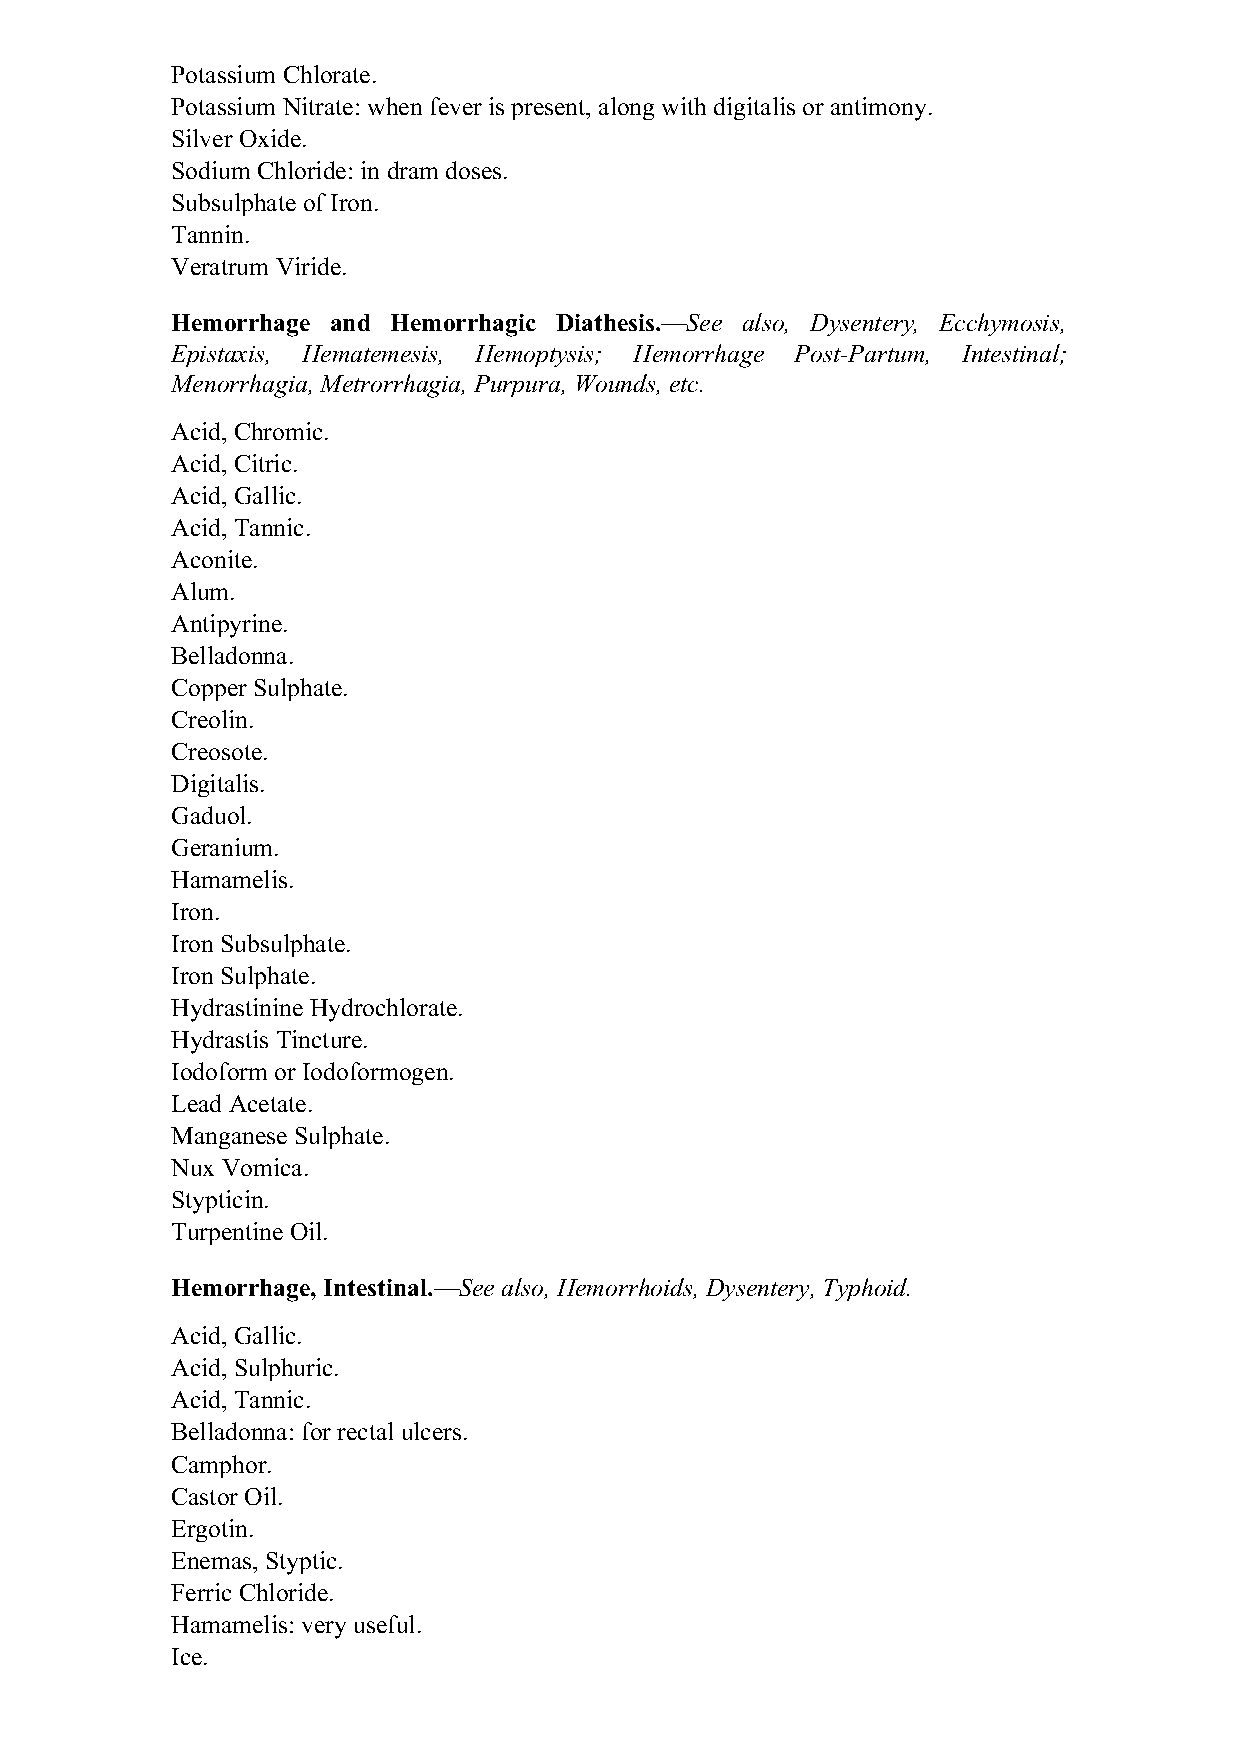
Potassium Chlorate.
 Potassium Nitrate: when fever is present, along with digitalis or antimony.
 Silver Oxide.
 Sodium Chloride: in dram doses.
 Subsulphate of Iron.
 Tannin.
 Veratrum Viride.
 Hemorrhage and Hemorrhagic Diathesis.—See also, Dysentery, Ecchymosis,
 Epistaxis, Hematemesis, Hemoptysis; Hemorrhage Post-Partum, Intestinal;
 Menorrhagia, Metrorrhagia, Purpura, Wounds, etc.
 Acid, Chromic.
 Acid, Citric.
 Acid, Gallic.
 Acid, Tannic.
 Aconite.
 Alum.
 Antipyrine.
 Belladonna.
 Copper Sulphate.
 Creolin.
 Creosote.
 Digitalis.
 Gaduol.
 Geranium.
 Hamamelis.
 Iron.
 Iron Subsulphate.
 Iron Sulphate.
 Hydrastinine Hydrochlorate.
 Hydrastis Tincture.
 Iodoform or Iodoformogen.
 Lead Acetate.
 Manganese Sulphate.
 Nux Vomica.
 Stypticin.
 Turpentine Oil.
 Hemorrhage, Intestinal.—See also, Hemorrhoids, Dysentery, Typhoid.
 Acid, Gallic.
 Acid, Sulphuric.
 Acid, Tannic.
 Belladonna: for rectal ulcers.
 Camphor.
 Castor Oil.
 Ergotin.
 Enemas, Styptic.
 Ferric Chloride.
 Hamamelis: very useful.
 Ice.